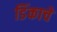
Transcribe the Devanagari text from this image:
डिंकाचे